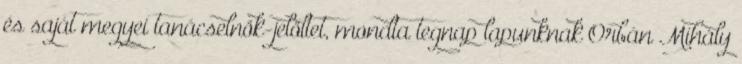
és saját megyei tanácselnök-jelöltet, mondta tegnap lapunknak Orbán Mihály